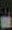
-